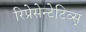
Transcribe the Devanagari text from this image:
रिप्रेसेन्टेटिव्स्